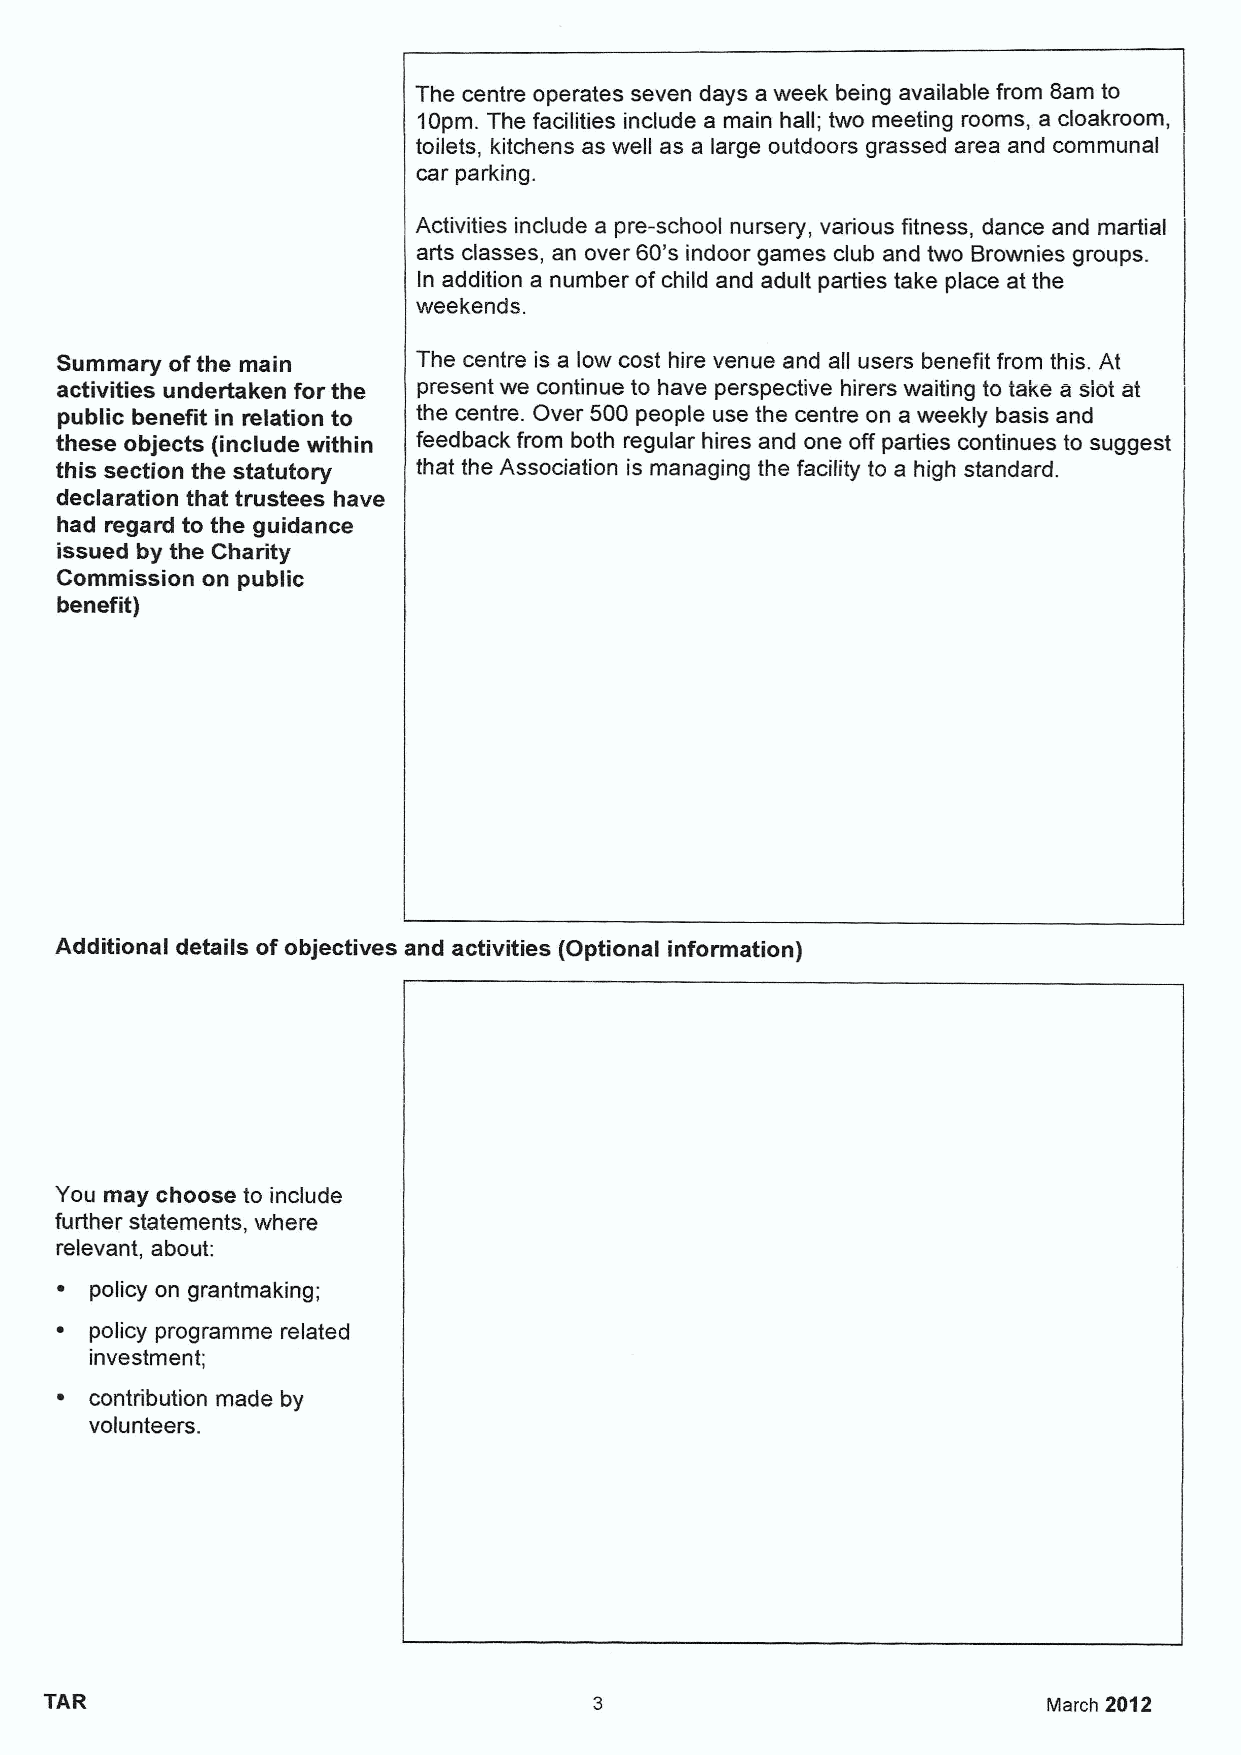
The centre operates seven days a week being available from Sam to
 10pm. The facilities include a main hall; two meeting rooms, a cloakroom,
 toilets, kitchens as well as a large outdoors grassed area and communal
 car parking.
 Activities include a pre-school nursery, various fitness, dance and martial
 arts classes, an over 60*sindoor games club and two Brownies groups.
 In addition a number ofchild and adult parties take place at the
 weekends.
 Summary ofthe main      The centre is a low cost hire venue and all users benefit from this. At
 activities undertaken for the present we continue to have perspective hirers waiting to take a slot at
 public benefit in relation to the centre. Over 500 people use the centre on a weekly basis and
 these objects {include within feedback from both regular hires and one off parties continues to suggest
 this section the statutory that the Association is managing the facility to a high standard.
 declaration that trustees have
 had regard to the guidance
 issued by the Charity
 Commission on public
 benefit)
 Additional details ofobjectives and activities {Optional information)
 You may choose to include
 further statements, where
 relevant, about:
 policy on grantmaking;
 ~ policy programme related
 investment;
 ~ contribution made by
 volunteers.
 TAR                                                               March 2012